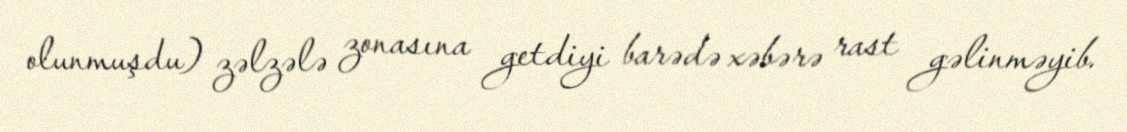
olunmuşdu) zəlzələ zonasına getdiyi barədə xəbərə rast gəlinməyib.